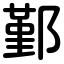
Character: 鄞